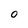
Character: O